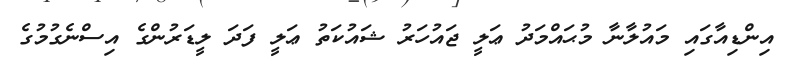
އިންޑިއާގައި މައުލާނާ މުޙައްމަދު ޢަލީ ޖައުހަރު ޝައުކަތު ޢަލީ ފަދަ ލީޑަރުންގެ އިސްނެގުމުގެ